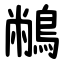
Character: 䳤